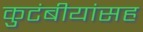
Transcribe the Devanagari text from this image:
कुटंबीयांसह